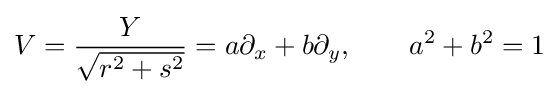
V={\frac {Y}{\sqrt {r^{2}+s^{2}}}}=a\partial _{x}+b\partial _{y},\qquad a^{2}+b^{2}=1